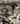
لو